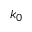
k _ { 0 }